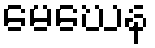
မေဃေန